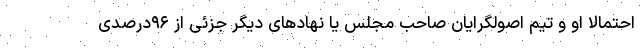
احتمالا او و تیم اصولگرایان صاحب مجلس یا نهادهای دیگر جزئی از ۹۶درصدی